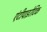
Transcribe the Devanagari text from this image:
एंटीपाइरेटिक